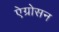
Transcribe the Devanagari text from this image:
ऐग्रोसन